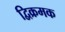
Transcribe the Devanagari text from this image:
द्विक्रमक